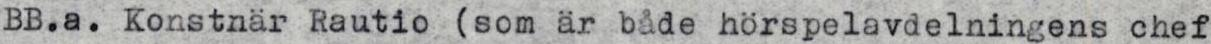
BB.a. Konstnär Rautio (som är både hörspelavdelningens chef